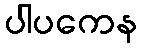
ပါပကေန